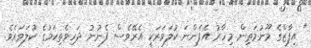
" އިފާޒްގެ މޫނުމަތިން މިހާރު އެފެންނަ ކުލަވަރަކީ އެރޭވެސް ފެނުނު ދަހިވެތިކަމުގެ ކުލަވަރެވެ.